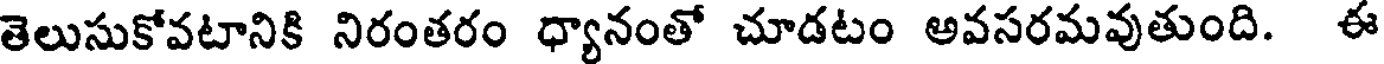
తెలుసుకోవటానికి నిరంతరం ధ్యానంతో చూడటం అవసరమవుతుంది. ఈ